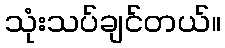
သုံးသပ်ချင်တယ်။